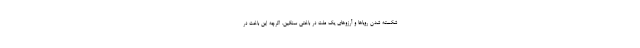
شکسته شدن رویاها و آرزوهای یک ملت در باختی سنگین. اگرچه این باخت در